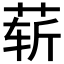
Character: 𰱑